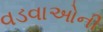
વડવાઓની